Papers set at the Examination for Leaving Certificates, 1889
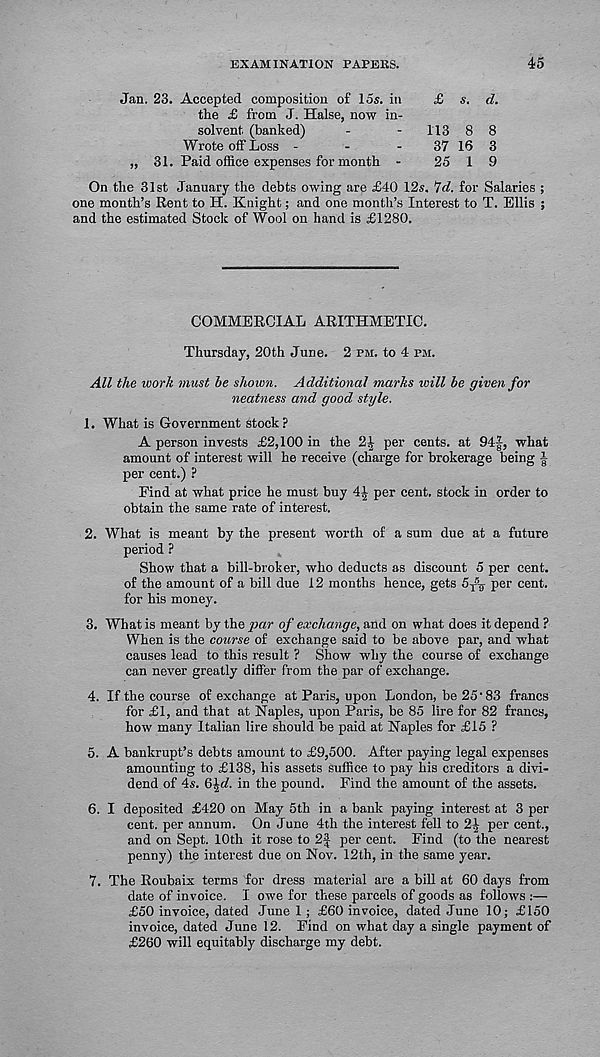
45
EXAMINATION PAPEKS.
Jan. 23. Accepted composition of los. in
£ s. d.
the £ from J. Halse, now in-
solvent (banked)
-
-
113 8 8
Wrote off Loss -
-
-
37 16 3
„ 31. Paid office expenses for month -
25 I 9
On the 31st January the debts owing are £40 12s. Id. for Salaries ;
one month’s Rent to H. Knight; and one month’s Interest to T. Ellis ;
and the estimated Stock of Wool on hand is £1280.
COMMERCIAL ARITHMETIC.
Thursday, 20th June. 2 pm. to 4 pm.
All the work must he shown. Additional marks will be given for
neatness and good style.
1. What is Government stock?
A person invests £2,100 in the 21 per cents, at 94|, what
amount of interest will he receive (charge for brokerage being |
per cent.) ?
Find at what price he must buy 4.) per cent, stock in order to
obtain the same rate of interest.
2. What is meant by the present worth of a sum due at a future
period ?
Show that a bill-broker, who deducts as discount 5 per cent,
of the amount of a bill due 12 months hence, gets
per cent,
for his money.
3. What is meant by the par of exchange, and on what does it depend ?
When is the course of exchange said to be above par, and what
causes lead to this result ? Show why the course of exchange
can never greatly differ from the par of exchange.
4. If the course of exchange at Paris, upon London, be 25 • 83 francs
for £1, and that at Naples, upon Paris, he 85 lire for 82 francs,
how many Italian lire should be paid at Naples for £15 ?
5. A bankrupt’s debts amount to £9,500. After paying legal expenses
amounting to £138, his assets suffice to pay his creditors a divi-
dend of 4s. Q^d. in the pound. Find the amount of the assets.
6. I deposited £420 on May 5th in a bank paying interest at 3 per
cent, per annum. On June 4th the interest fell to 2.1 per cent.,
and on Sept. 10th it rose to 2J per cent. Find (to the nearest
penny) the interest due on Nov. 12th, in the same year.
7. The Roubaix terms for dress material are a bill at 60 days from
date of invoice. I owe for these parcels of goods as follows :—
£50 invoice, dated June 1; £60 invoice, dated June 10; £150
invoice, dated June 12. Find on what day a single payment of
£260 will equitably discharge my debt.